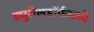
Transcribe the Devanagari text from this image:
ड्युसेलडॉर्फमध्ये